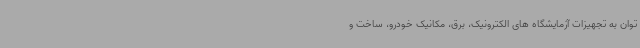
توان به تجهیزات آزمایشگاه های الکترونیک، برق، مکانیک خودرو، ساخت و